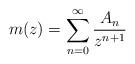
LaTeX: \begin{align*}m(z)=\sum_{n=0}^{\infty}\frac{A_{n}}{z^{n+1}}\end{align*}